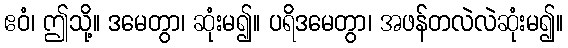
ဧဝံ၊ ဤသို့။ ဒမေတွာ၊ ဆုံးမ၍။ ပရိဒမေတွာ၊ အဖန်တလဲလဲဆုံးမ၍။